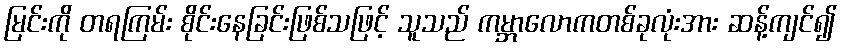
မြင်းကို တရကြမ်း စိုင်းနေခြင်းဖြစ်သဖြင့် သူသည် ကမ္ဘာလောကတစ်ခုလုံးအား ဆန့်ကျင်၍